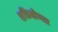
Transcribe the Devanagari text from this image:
शक्तिक्षीणता